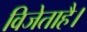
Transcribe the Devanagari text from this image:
विजेताहै।